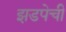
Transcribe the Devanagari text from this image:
झडपेची